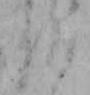
仏